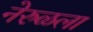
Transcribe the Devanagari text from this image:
नेरुळला